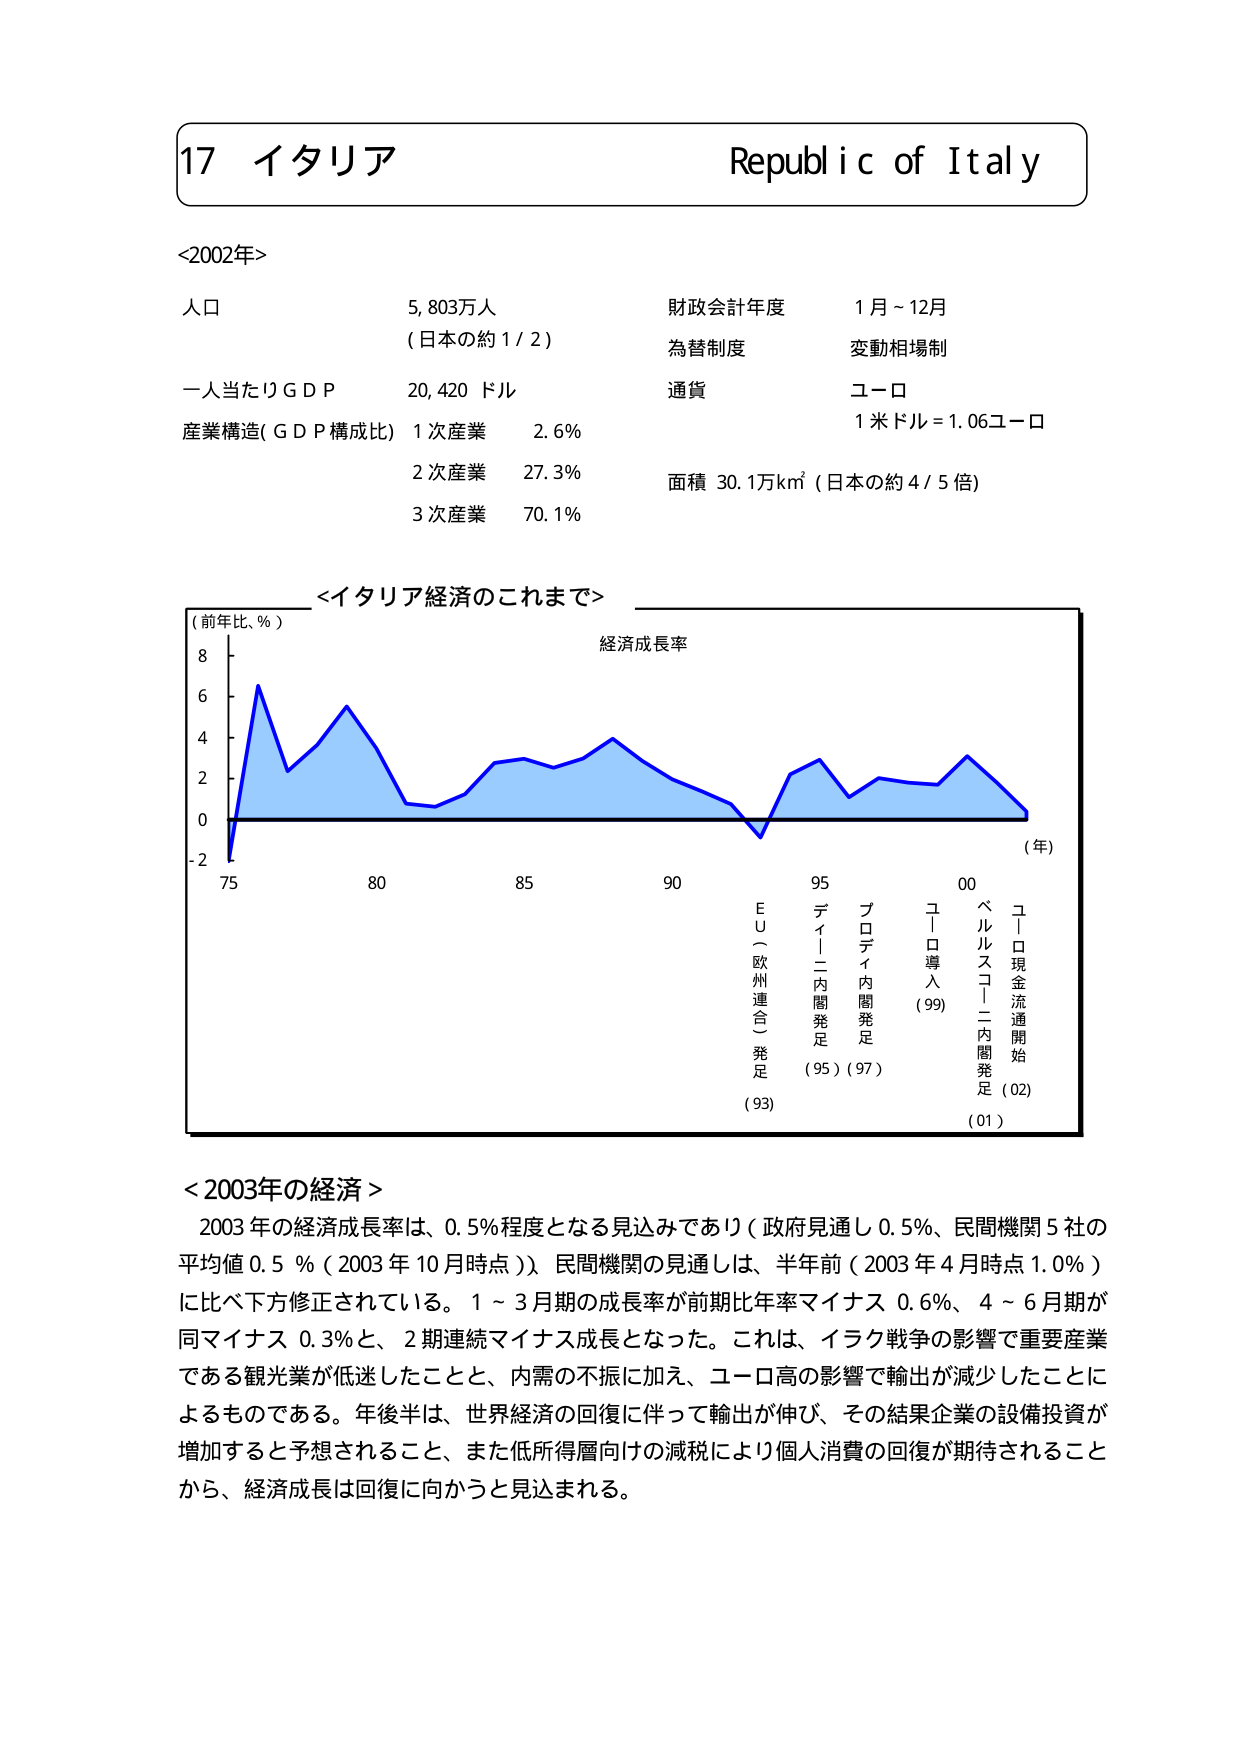
17 イタリア Republic of Italy

<2002年>

人口 5,803万人
（日本の約1/2）

一人当たりGDP 20,420 ドル

産業構造（GDP構成比）
1次産業 2.6%
2次産業 27.3%
3次産業 70.1%

財政会計年度 1月～12月
為替制度 変動相場制
通貨 ユーロ
1米ドル＝1.06ユーロ

面積 30.1万km²（日本の約4/5倍）

<イタリア経済のこれまで>

（前年比、％）
経済成長率
（年）
75 80 85 90 95 00
E U（欧州連合）発足（93）
ディーニ内閣発足（95）
プロディ内閣発足（97）
ユーロ導入（99）
ベルルスコーニ内閣発足（01）
ユーロ現金流通開始（02）

<2003年の経済>
2003年の経済成長率は、0.5％程度となる見込みであり（政府見通し0.5％、民間機関5社の平均値0.5％（2003年10月時点））、民間機関の見通しは、半年前（2003年4月時点1.0％）に比べ下方修正されている。1～3月期の成長率が前期比年率マイナス0.6％、4～6月期が同マイナス0.3％と、2期連続マイナス成長となった。これは、イラク戦争の影響で重要産業である観光業が低迷したことと、内需の不振に加え、ユーロ高の影響で輸出が減少したことによるものである。年後半は、世界経済の回復に伴って輸出が伸び、その結果企業の設備投資が増加すると予想されること、また低所得層向けの減税により個人消費の回復が期待されることから、経済成長は回復に向かうと見込まれる。